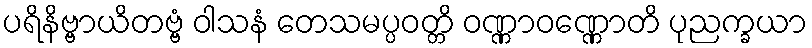
ပရိနိဗ္ဗာယိတဗ္ဗံ ဝါသနံ တေသမပ္ပဝတ္တိ ဝဏ္ဏာဝဏ္ဏောတိ ပုညက္ခယာ